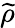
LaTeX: \widetilde{\rho}